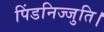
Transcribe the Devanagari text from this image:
पिंडनिज्जुति।